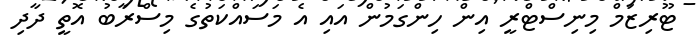
ޓޫރިޒަމް މިނިސްޓްރީ އިން ހިންގަމުން އައި އެ މަސައްކަތުގެ މިސްރާބު އޮތީ ދާދި